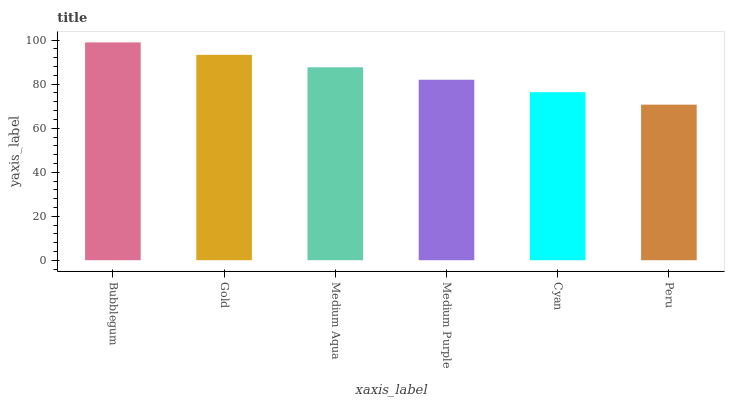
| xaxis_label | bars |
 | --- | --- |
 | Bubblegum | 99 |
 | Gold | 93.3 |
 | Medium Aqua | 87.7 |
 | Medium Purple | 82 |
 | Cyan | 76.4 |
 | Peru | 70.7 |